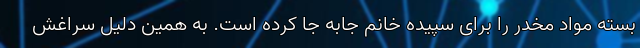
بسته مواد مخدر را برای سپیده خانم جابه جا کرده است. به همین دلیل سراغش